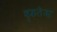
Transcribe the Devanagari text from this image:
वृकतेजा